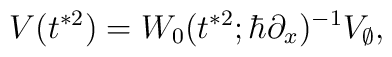
V(t^{*2})= W_0(t^{*2};\hbar \partial_x)^{-1}V_{\emptyset},